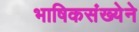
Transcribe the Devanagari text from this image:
भाषिकसंख्येने